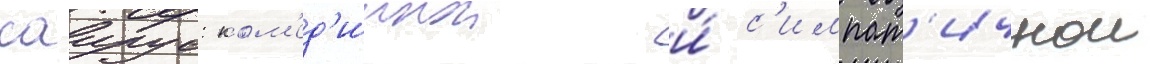
саирус: ком'ед'иинои и́ с'импат'ичнои